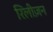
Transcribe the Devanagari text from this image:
रिलीज़न